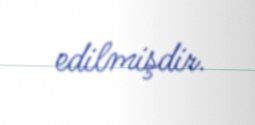
edilmişdir.